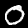
Label: 0